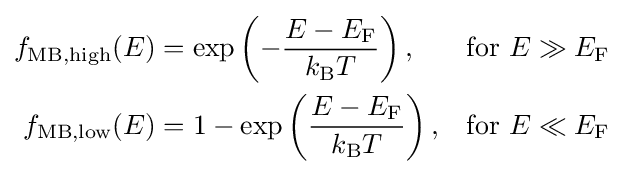
{\begin{aligned}f_{\text{MB,high}}(E)&=\exp \left(-{\frac {E-E_{\text{F}}}{k_{\text{B}}T}}\right),&{\text{for }}E\gg E_{\text{F}}\\f_{\text{MB,low}}(E)&=1-\exp \left({\frac {E-E_{\text{F}}}{k_{\text{B}}T}}\right),&{\text{for }}E\ll E_{\text{F}}\end{aligned}}